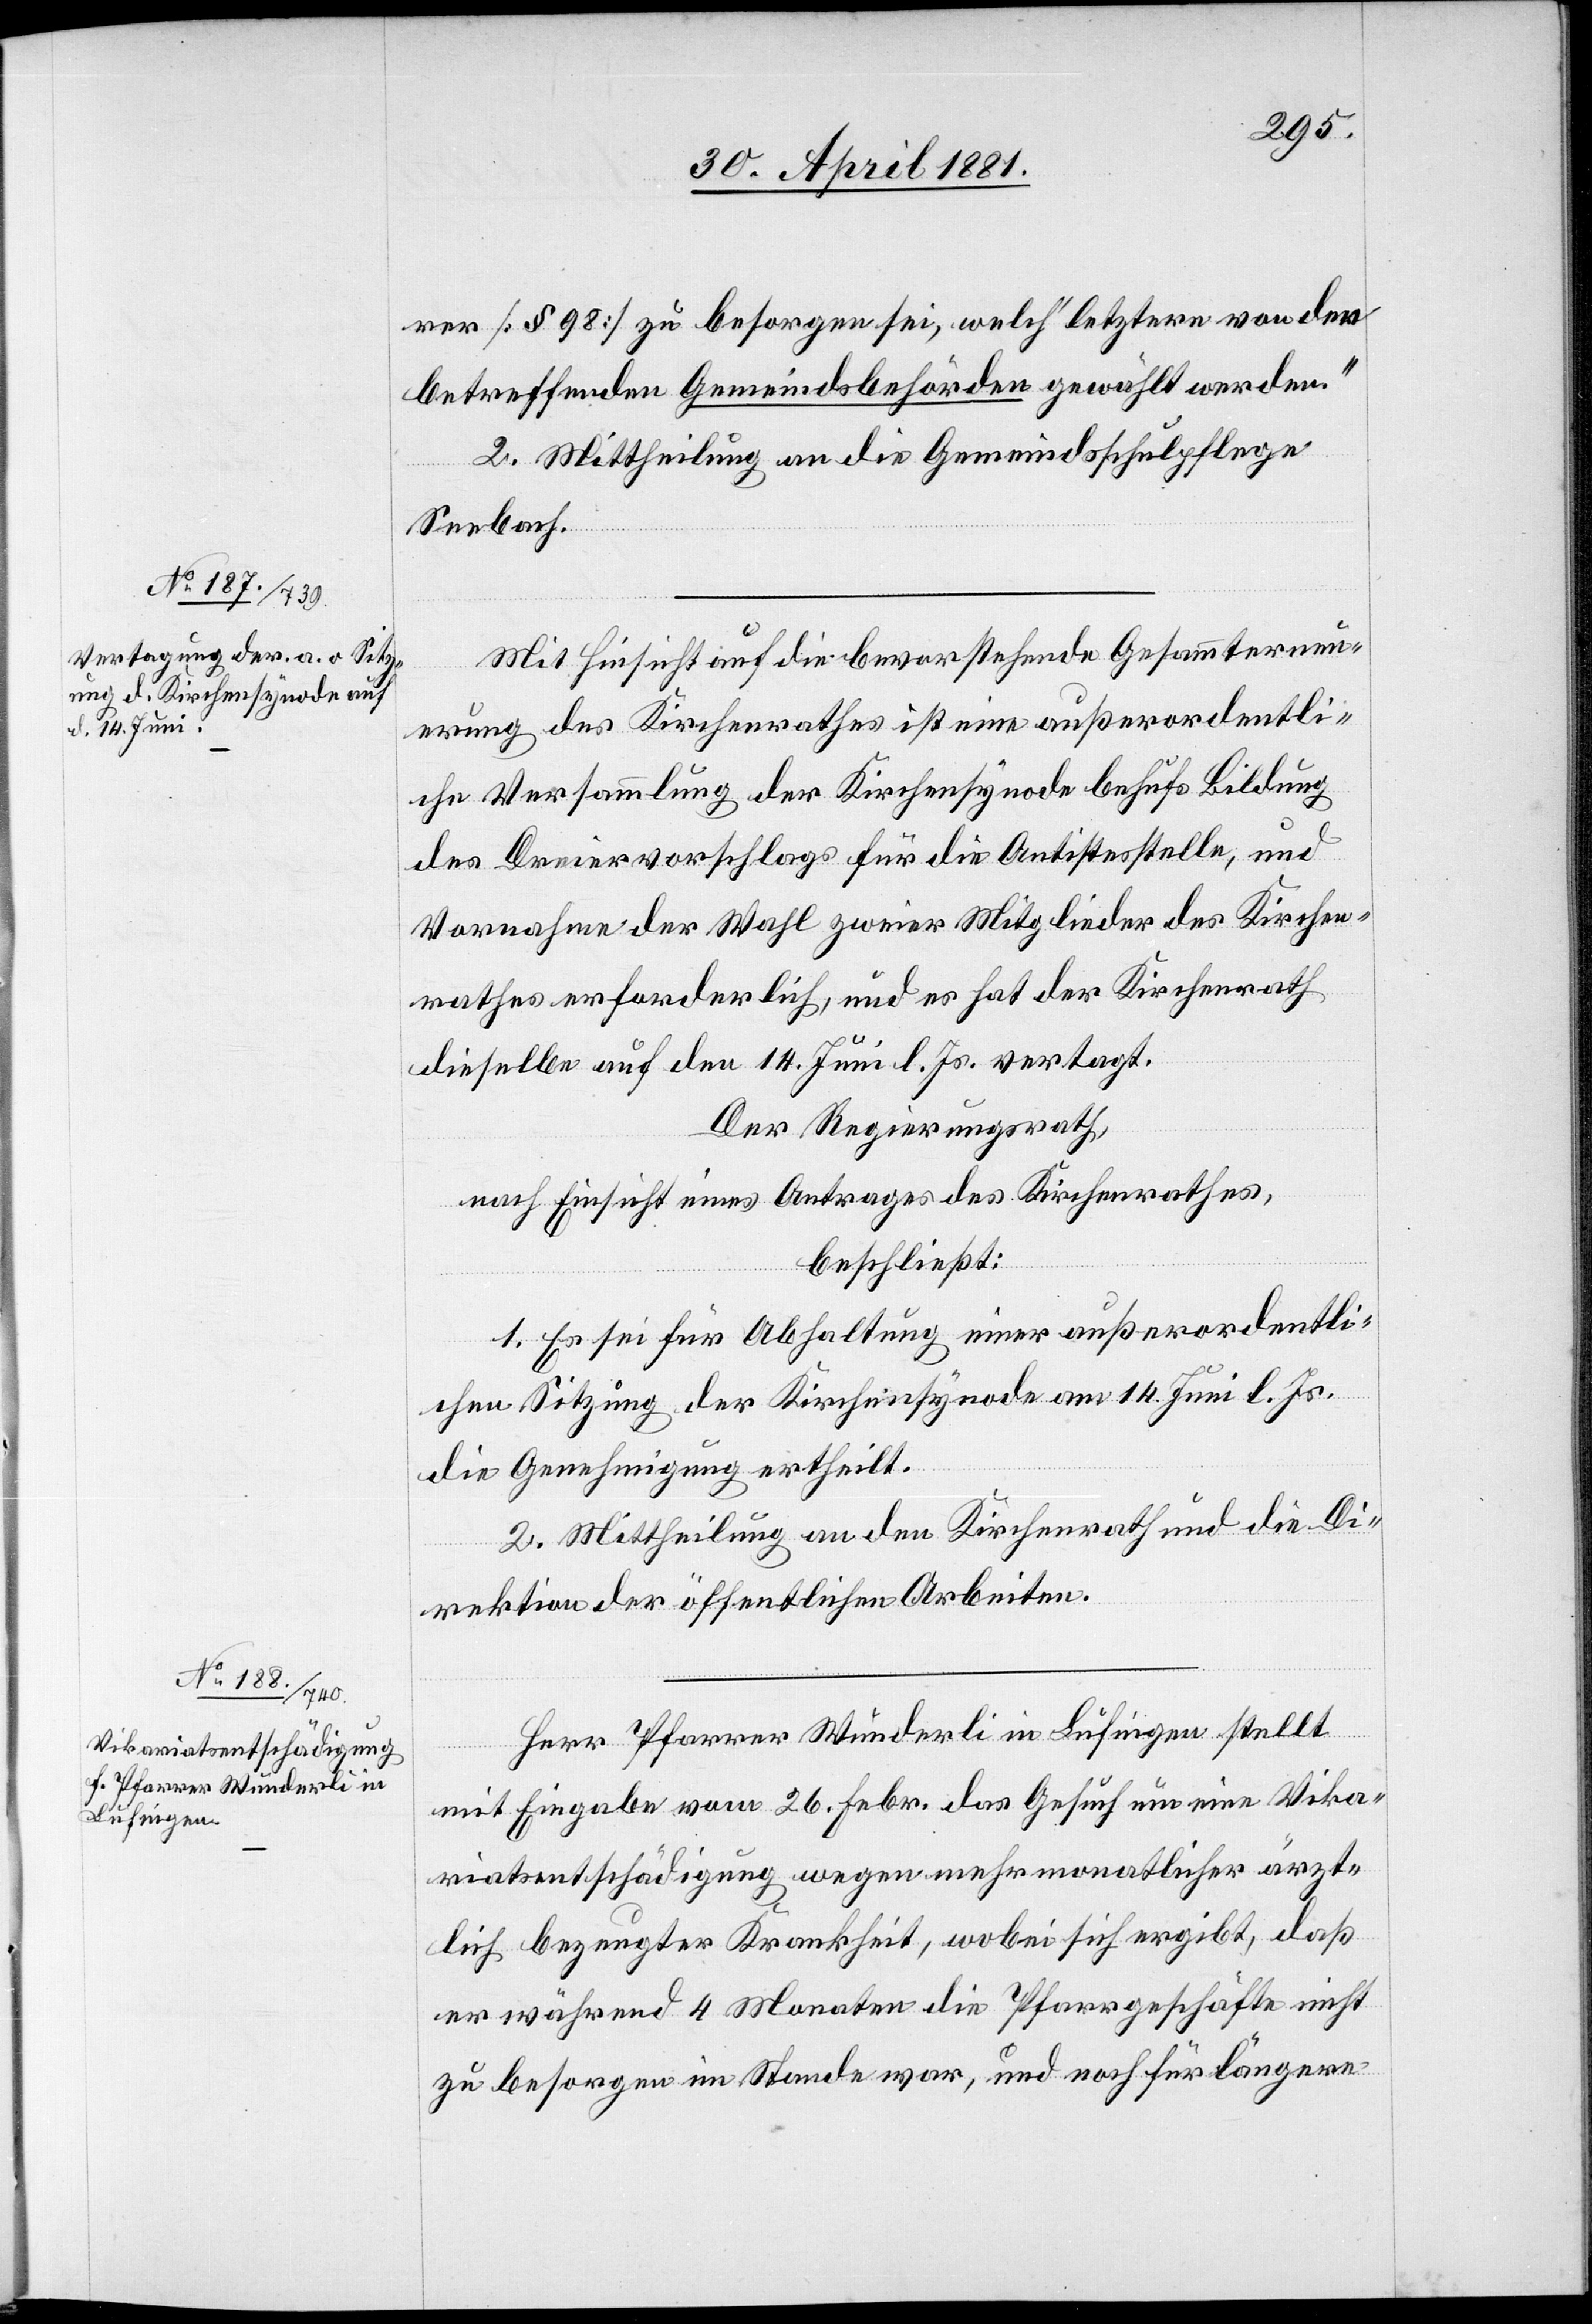
Mit Einsicht auf die bevorstehende Gesammterneu¬
erung des Kirchenrathes ist eine Außerordentli¬
che Versammlung der Kirchensynode behufs Bildung
des Dreiervorschlags für die Antistesstelle, und
Vornahme der Wahl zweier Mitglieder des Kirchen¬
rathes erforderlich, und es hat der Kirchenrath
dieselbe auf den 14. Juni l. Js. vertagt.
Der Regierungsrath,
nach Einsicht eines Antrage des Kirchenrathes,
beschließt:
1. Es sei für Abhaltung einer außerordentli¬
chen Sitzung der Kirchensynode am 14. Juni l. Js.
die Genehmigung ertheilt.
2. Mittheilung an den Kirchenrath und die Di¬
rektion öffentlichen Arbeiten.
Herr Pfarrer Wunderli in Lufingen stellt
mit Eingabe vom 26. Febr. das Gesuch um eine Vika¬
riatsentschädigung wegen mehrmonatlicher ärzt¬
lich bezeugter Krankheit, wobei sich ergibt, daß
er während 4 Monaten die Pfarrgeschäfte nicht
zu besorgen im Stande war, und noch für längere